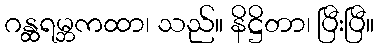
ဂန္ထရမ္ဘကထာ၊ သည်။ နိဋ္ဌိတာ၊ ပြီးပြီ။